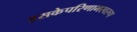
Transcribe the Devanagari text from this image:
इसकेपरिणामस्वरूप